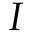
I